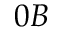
0 B